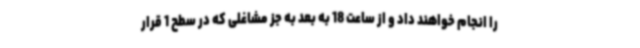
را انجام خواهند داد و از ساعت 18 به بعد به جز مشاغلی که در سطح 1 قرار